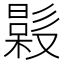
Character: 𣚤